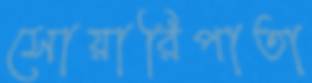
সোয়ারিপাতা